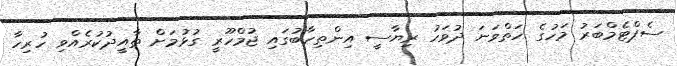
ސެޕްޓެމްބަރު މަހުގެ ހަތްވަނަ ދުވަހު ރިޔާސީ އިންތިހާބުގައި ޖުމްހޫރީ ގުޅުމަށް ތާއީދުކުރެއްވި ހުރިހާ